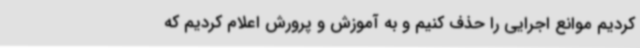
کردیم موانع اجرایی را حذف کنیم و به آموزش و پرورش اعلام کردیم که